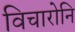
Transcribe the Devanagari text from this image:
विचारोनि